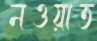
নওয়াত